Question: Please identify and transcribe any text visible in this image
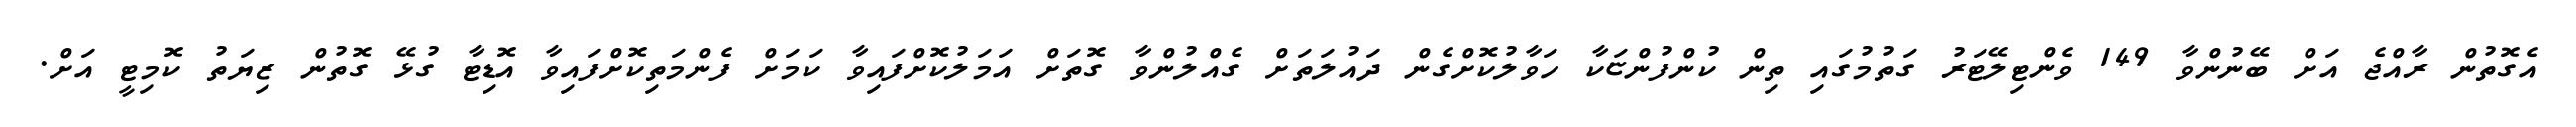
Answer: އެގޮތުން ރާއްޖެ އަށް ބޭނުންވާ 149 ވެންޓިލޭޓަރު ގަތުމުގައި ތިން ކުންފުންޏަކާ ހަވާލުކޮށްގެން ދައުލަތަށް ގެއްލުންވާ ގޮތަށް އަމަލުކޮށްފައިވާ ކަމަށް ފެންމަތިކޮށްފައިވާ އޮޑިޓާ ގުޅޭ ގޮތުން ޒިޔަތު ކޮމިޓީ އަށް.